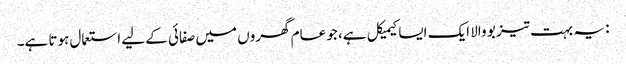
: یہ بہت تیز بو والا ایک ایسا کیمیکل ہے، جو عام گھروں میں صفائی کے لیے استعمال ہوتا ہے۔